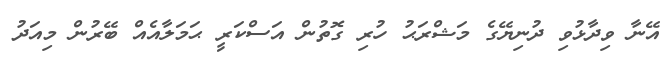
އޭނާ ވިދާޅުވި ދުނިޔޭގެ މަޝްރަޙު ހުރި ގޮތުން އަސްކަރީ ޙަމަލާއެއް ބޭރުން މިއަދު